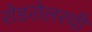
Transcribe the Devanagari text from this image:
रोडरोलरची